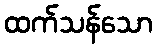
ထက်သန်သော